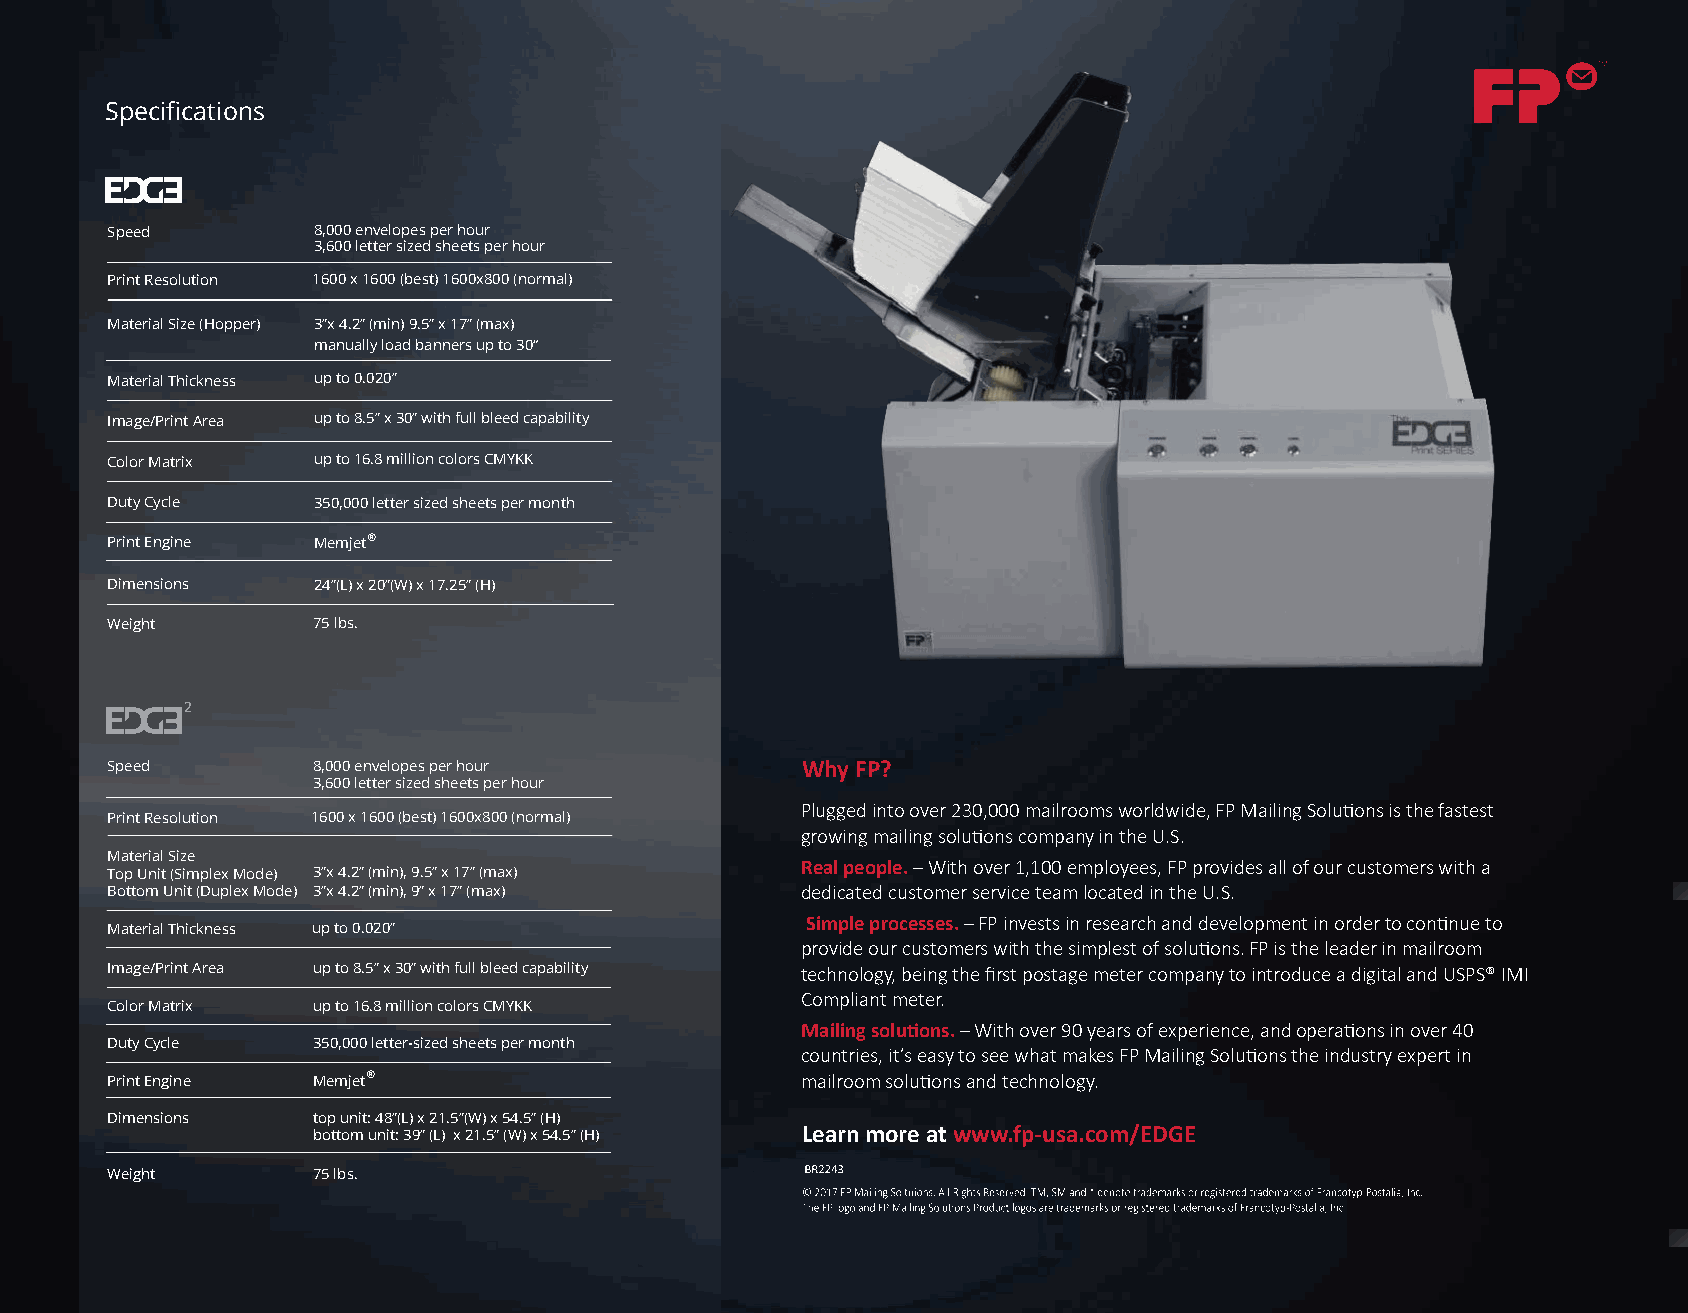
Specifications
 Speed         8,000 envelopes per hour
 3,600 letter sized sheets per hour
 Print Resolution 1600 x 1600 (best) 1600x800 (normal)
 Material Size (Hopper) 3”x 4.2” (min) 9.5” x 17” (max)
 manually load banners up to 30“
 Material Thickness up to 0.020”
 Image/Print Area up to 8.5” x 30” with full bleed capability
 Color Matrix  up to 16.8 million colors CMYKK
 Duty Cycle    350,000 letter sized sheets per month
 Print Engine  Memjet®
 Dimensions    24”(L) x 20”(W) x 17.25” (H)
 Weight        75 lbs.
 2
 Speed         8,000 envelopes per hour        Why FP?
 3,600 letter sized sheets per hour
 Plugged into over 230,000 mailrooms worldwide, FP Mailing Solutions is the fastest
 Print Resolution 1600 x 1600 (best) 1600x800 (normal)
 growing mailing solutions company in the U.S.
 Material Size
 Real people. – With over 1,100 employees, FP provides all of our customers with a
 Top Unit (Simplex Mode) 3”x 4.2” (min), 9.5” x 17” (max)
 Bottom Unit (Duplex Mode) 3”x 4.2” (min), 9” x 17” (max) dedicated customer service team located in the U.S.
 Simple processes. – FP invests in research and development in order to continue to
 Material Thickness up to 0.020”
 provide our customers with the simplest of solutions. FP is the leader in mailroom
 Image/Print Area up to 8.5” x 30” with full bleed capability technology, being the first postage meter company to introduce a digital and USPS® IMI
 Compliant meter.
 Color Matrix  up to 16.8 million colors CMYKK
 Mailing solutions. – With over 90 years of experience, and operations in over 40
 Duty Cycle    350,000 letter-sized sheets per month
 countries, it’s easy to see what makes FP Mailing Solutions the industry expert in
 Print Engine  Memjet®                         mailroom solutions and technology.
 Dimensions    top unit: 48”(L) x 21.5”(W) x 54.5” (H)
 bottom unit: 39” (L) x 21.5” (W) x 54.5” (H) Learn more at www.fp-usa.com/EDGE
 Weight        75 lbs.